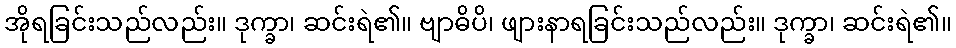
အိုရခြင်းသည်လည်း။ ဒုက္ခာ၊ ဆင်းရဲ၏။ ဗျာဓိပိ၊ ဖျားနာရခြင်းသည်လည်း။ ဒုက္ခာ၊ ဆင်းရဲ၏။